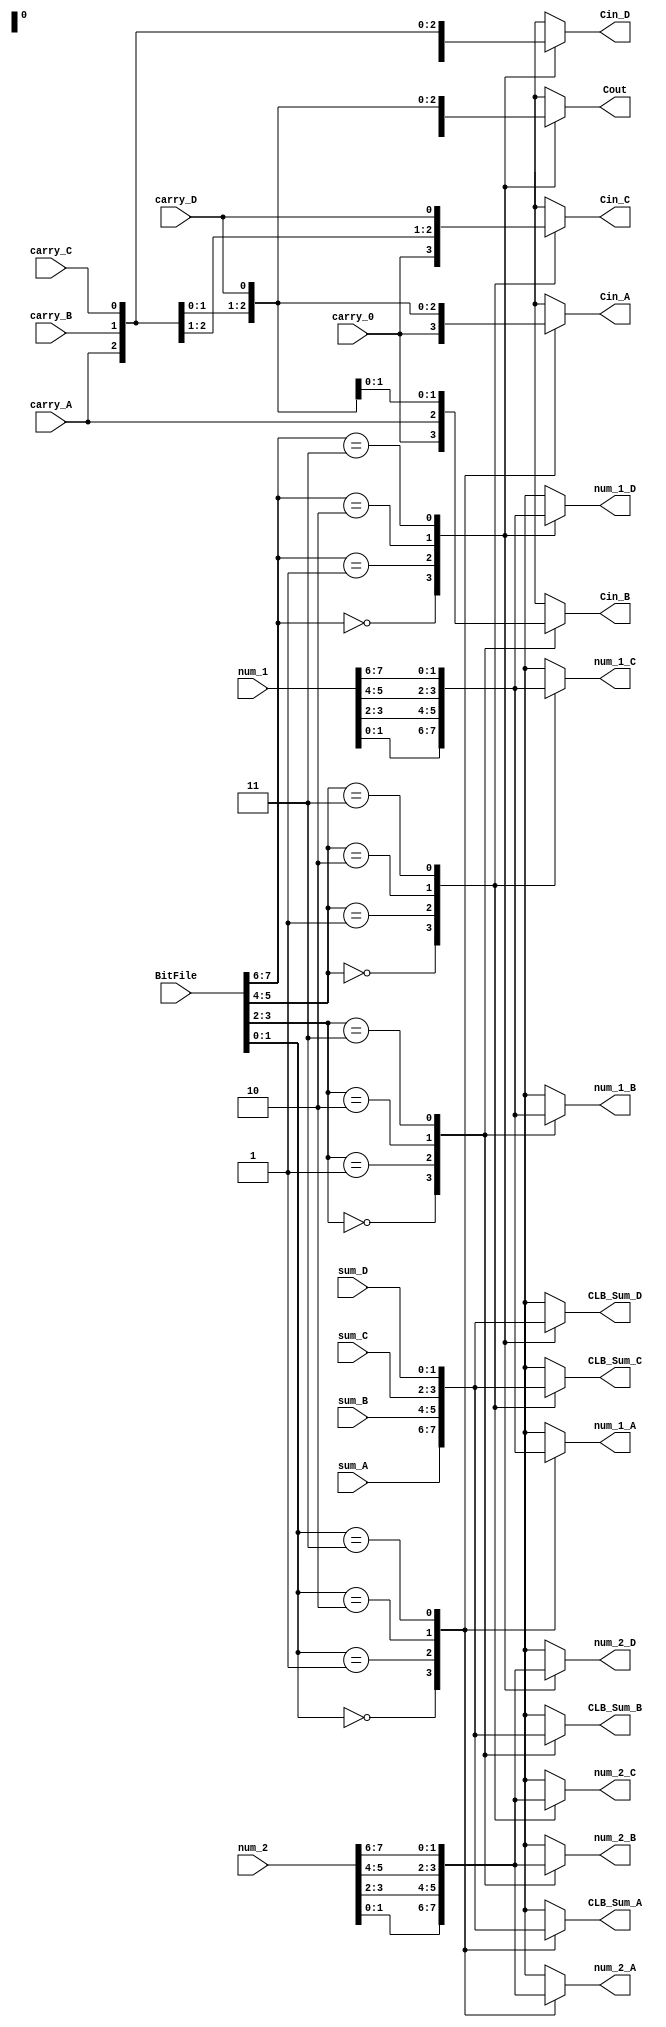
`timescale 1ns / 1ps

module Routing_Channel(
    BitFile,
    num_1,
    num_2,
    carry_0,
    carry_A,
    carry_B,
    carry_C,
    carry_D,
    sum_A,
    sum_B,
    sum_C,
    sum_D,
    Cout,
    Cin_A,
    Cin_B,
    Cin_C,
    Cin_D,
    CLB_Sum_A,
    CLB_Sum_B,
    CLB_Sum_C,
    CLB_Sum_D,
    num_1_A,
    num_1_B,
    num_1_C,
    num_1_D,
    num_2_A,
    num_2_B,
    num_2_C,
    num_2_D
    );
    
    // input ports
    
    // bits 0 and 1 for CLB A
    // bits 2 and 3 for CLB B
    // bits 4 and 5 for CLB C
    // bits 6 and 7 for CLB D
    input [7:0] BitFile;
    
    input [7:0] num_1,
                num_2;   // numbers to be added.
                
    input       carry_0, // external carry in (if any)
                carry_A, // carry from CLB A
                carry_B, // carry from CLB B
                carry_C, // carry from CLB C
                carry_D; // carry from CLB D
                
    input [1:0] sum_A,   // sum from CLB A
                sum_B,   // sum from CLB B
                sum_C,   // sum from CLB C
                sum_D;   // sum from CLB D
                
    // output ports
    output reg  Cout,   // Last Carry Out
                Cin_A, // Carry Out for CLB A
                Cin_B, // Carry Out for CLB B
                Cin_C, // Carry Out for CLB C
                Cin_D; // Carry Out for CLB D
                       
    output reg [1:0]    CLB_Sum_A,
                        CLB_Sum_B,
                        CLB_Sum_C,
                        CLB_Sum_D;
                        
                        
    output reg [1:0]    num_1_A,
                        num_1_B,
                        num_1_C,
                        num_1_D,
                        num_2_A,
                        num_2_B,
                        num_2_C,
                        num_2_D;                   
                        
    always @ (*)
    begin
        // for A
        case(BitFile[1:0])
            2'b00:   begin CLB_Sum_A <= sum_A; Cin_A <= carry_0; num_1_A <= num_1[1:0]; num_2_A <= num_2[1:0]; end
            2'b01:   begin CLB_Sum_A <= sum_B; Cin_A <= carry_B; num_1_A <= num_1[3:2]; num_2_A <= num_2[3:2]; end
            2'b10:   begin CLB_Sum_A <= sum_C; Cin_A <= carry_C; num_1_A <= num_1[5:4]; num_2_A <= num_2[5:4]; end
            2'b11:   begin CLB_Sum_A <= sum_D; Cin_A <= carry_D; num_1_A <= num_1[7:6]; num_2_A <= num_2[7:6]; end
            default: begin CLB_Sum_A <= sum_A; Cin_A <= carry_0; num_1_A <= num_1[1:0]; num_2_A <= num_2[1:0]; end
        endcase
        // for B
        case(BitFile[3:2])
            2'b00:   begin CLB_Sum_B <= sum_A; Cin_B <= carry_0; num_1_B <= num_1[1:0]; num_2_B <= num_2[1:0]; end
            2'b01:   begin CLB_Sum_B <= sum_B; Cin_B <= carry_A; num_1_B <= num_1[3:2]; num_2_B <= num_2[3:2]; end
            2'b10:   begin CLB_Sum_B <= sum_C; Cin_B <= carry_C; num_1_B <= num_1[5:4]; num_2_B <= num_2[5:4]; end
            2'b11:   begin CLB_Sum_B <= sum_D; Cin_B <= carry_D; num_1_B <= num_1[7:6]; num_2_B <= num_2[7:6]; end
            default: begin CLB_Sum_B <= sum_B; Cin_B <= carry_A; num_1_B <= num_1[3:2]; num_2_B <= num_2[3:2]; end
        endcase
        // for C
        case(BitFile[5:4])
            2'b00:   begin CLB_Sum_C <= sum_A; Cin_C <= carry_0; num_1_C <= num_1[1:0]; num_2_C <= num_2[1:0]; end
            2'b01:   begin CLB_Sum_C <= sum_B; Cin_C <= carry_A; num_1_C <= num_1[3:2]; num_2_C <= num_2[3:2]; end
            2'b10:   begin CLB_Sum_C <= sum_C; Cin_C <= carry_B; num_1_C <= num_1[5:4]; num_2_C <= num_2[5:4]; end
            2'b11:   begin CLB_Sum_C <= sum_D; Cin_C <= carry_D; num_1_C <= num_1[7:6]; num_2_C <= num_2[7:6]; end
            default: begin CLB_Sum_C <= sum_C; Cin_C <= carry_B; num_1_C <= num_1[5:4]; num_2_C <= num_2[5:4]; end
        endcase
        // for D
        case(BitFile[7:6])
            2'b00:   begin CLB_Sum_D <= sum_A; Cin_D <= carry_0; num_1_D <= num_1[1:0]; num_2_D <= num_2[1:0]; end
            2'b01:   begin CLB_Sum_D <= sum_B; Cin_D <= carry_A; num_1_D <= num_1[3:2]; num_2_D <= num_2[3:2]; end
            2'b10:   begin CLB_Sum_D <= sum_C; Cin_D <= carry_B; num_1_D <= num_1[5:4]; num_2_D <= num_2[5:4]; end
            2'b11:   begin CLB_Sum_D <= sum_D; Cin_D <= carry_C; num_1_D <= num_1[7:6]; num_2_D <= num_2[7:6]; end
            default: begin CLB_Sum_D <= sum_D; Cin_D <= carry_C; num_1_D <= num_1[7:6]; num_2_D <= num_2[7:6]; end
        endcase
        // for external carry out
        case(BitFile[7:6])
            2'b00:   Cout <= carry_A;
            2'b01:   Cout <= carry_B;
            2'b10:   Cout <= carry_C;
            2'b11:   Cout <= carry_D;
            default: Cout <= carry_D;
        endcase
        
    end                               
                                     
endmodule